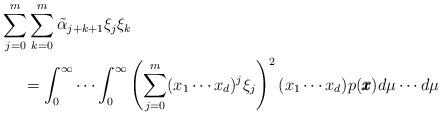
LaTeX: \begin{align*}&\sum_{j=0}^{m} \sum_{k=0}^{m} \tilde{\alpha}_{j+k+1} \xi_{j} \xi_{k}\\&\ \ \ \ = \int_0^\infty \cdots \int_0^\infty \left( \sum_{j=0}^{m} (x_1\cdots x_d)^{j} \xi_{j} \right)^2 (x_1 \cdots x_d) p({\pmb x}) d\mu \cdots d\mu\end{align*}